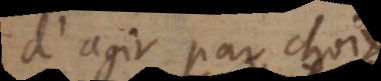
d’agir par choix